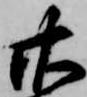
廿